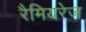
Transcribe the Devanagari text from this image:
रैमियरेज